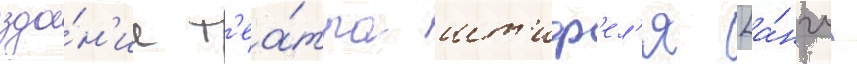
зда́н'ие т'еа́тра шт'иф'ел'я [а́нгл.